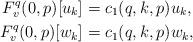
LaTeX: \begin{align*}F^q_v(0,p)[u_k] &= c_1(q,k,p) u_k,\\F^q_v(0,p)[w_k] &= c_1(q,k,p) w_k,\end{align*}